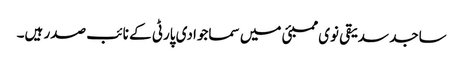
ساجد سدیقی نوی ممبئی میں سماجوادی پارٹی کے نائب صدر ہیں۔